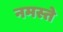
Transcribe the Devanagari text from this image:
नमस्‍ते